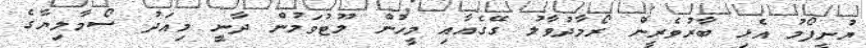
ޔުނީފޯމު އެޅި ބާރުވެރީން ރޯމާދުވާލު ގޭގެއާއި މީހުން ލޫޓުވަމުން ދާނީ މިއަދު ސޯމާލިޔާގެ